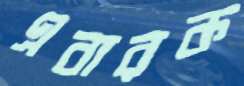
এবারক